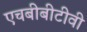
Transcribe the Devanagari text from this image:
एचबीबीटीवी